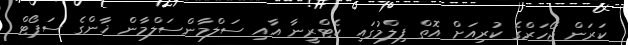
ކަރަން ޖޯހަރްގެ ކުރިއަށް އޮތް ފިލްމުގައި ކެޓްރީނާ އާއި ސަލްމާންސަލްމާން ޚާންގެ ސަޕޯޓް